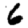
Digit: 6